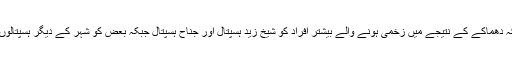
ذرائع کا کہنا تھا کہ دھماکے کے نتیجے میں زخمی ہونے والے بیشتر افراد کو شیخ زید ہسپتال اور جناح ہسپتال جبکہ بعض کو شہر کے دیگر ہسپتالوں میں منتقل کیا گیا۔